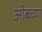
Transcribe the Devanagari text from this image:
ओबच्या